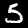
Digit: 5